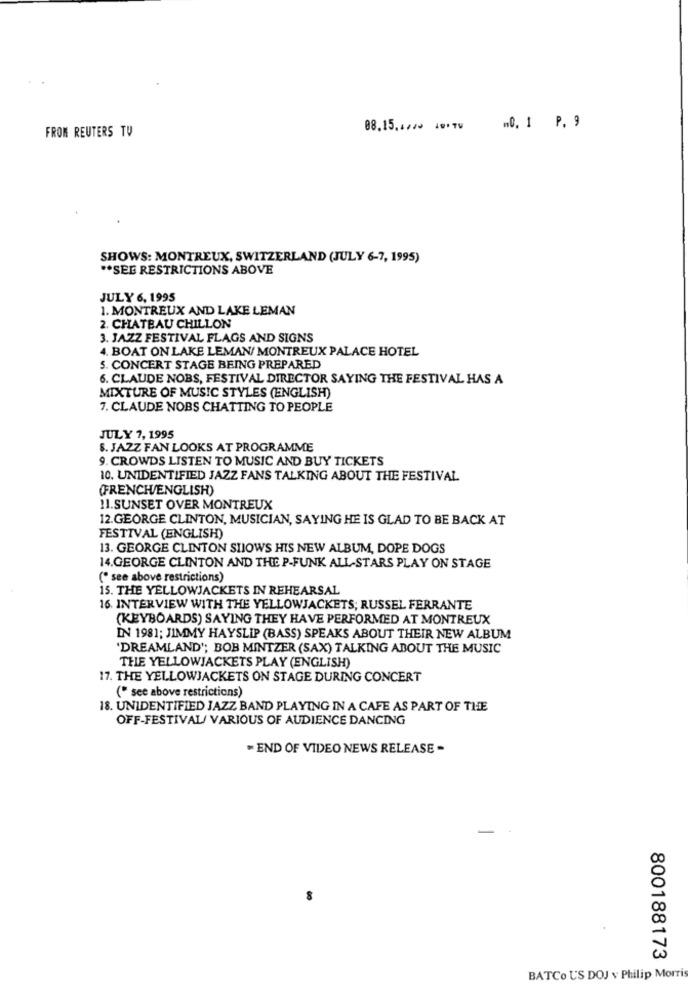
FROM REUTERS TU
88.15.4740 49.TV
.0. 1 P. 9
SHOWS: MONTREUX, SWITZERLAND (JULY 6-7, 1995)
** SEE RESTRICTIONS ABOVE
JULY 6, 1995
1. MONTREUX AND LAKE LEMAN
2. CHATEAU CHILLON
3. JAZZ FESTIVAL FLAGS AND SIGNS
4. BOAT ON LAKE LEMAN/ MONTREUX PALACE HOTEL
5. CONCERT STAGE BEING PREPARED
6. CLAUDE NOBS, FESTIVAL DIRECTOR SAYING THE FESTIVAL HAS A
MIXTURE OF MUSIC STYLES (ENGLISH)
7. CLAUDE NOBS CHATTING TO PEOPLE
JULY 7, 1995
8. JAZZ FAN LOOKS AT PROGRAMME
9. CROWDS LISTEN TO MUSIC AND BUY TICKETS
10. UNIDENTIFIED JAZZ FANS TALKING ABOUT THE FESTIVAL
(FRENCH/ENGLISH)
11.SUNSET OVER MONTREUX
12.GEORGE CLINTON, MUSICIAN, SAYING HE IS GLAD TO BE BACK AT
FESTIVAL (ENGLISH)
13. GEORGE CLINTON SHOWS HIS NEW ALBUM, DOPE DOGS
14.GEORGE CLINTON AND THE P-FUNK ALL-STARS PLAY ON STAGE
(" see above restrictions)
15. THE YELLOWJACKETS IN REHEARSAL
16. INTERVIEW WITH THE YELLOWJACKETS; RUSSEL FERRANTE
(KEYBOARDS) SAYING THEY HAVE PERFORMED AT MONTREUX
IN 1981; JIMMY HAYSLIP (BASS) SPEAKS ABOUT THEIR NEW ALBUM
'DREAMLAND'; BOB MINTZER (SAX) TALKING ABOUT THE MUSIC
THE YELLOWJACKETS PLAY (ENGLISH)
17. THE YELLOWJACKETS ON STAGE DURING CONCERT
(" see above restrictions)
18. UNIDENTIFIED JAZZ BAND PLAYING IN A CAFE AS PART OF THE
OFF-FESTIVAL/ VARIOUS OF AUDIENCE DANCING
= END OF VIDEO NEWS RELEASE -
800188173
BATCo US DOJ v Philip Morris